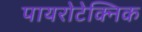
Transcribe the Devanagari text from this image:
पायरोटेक्निक